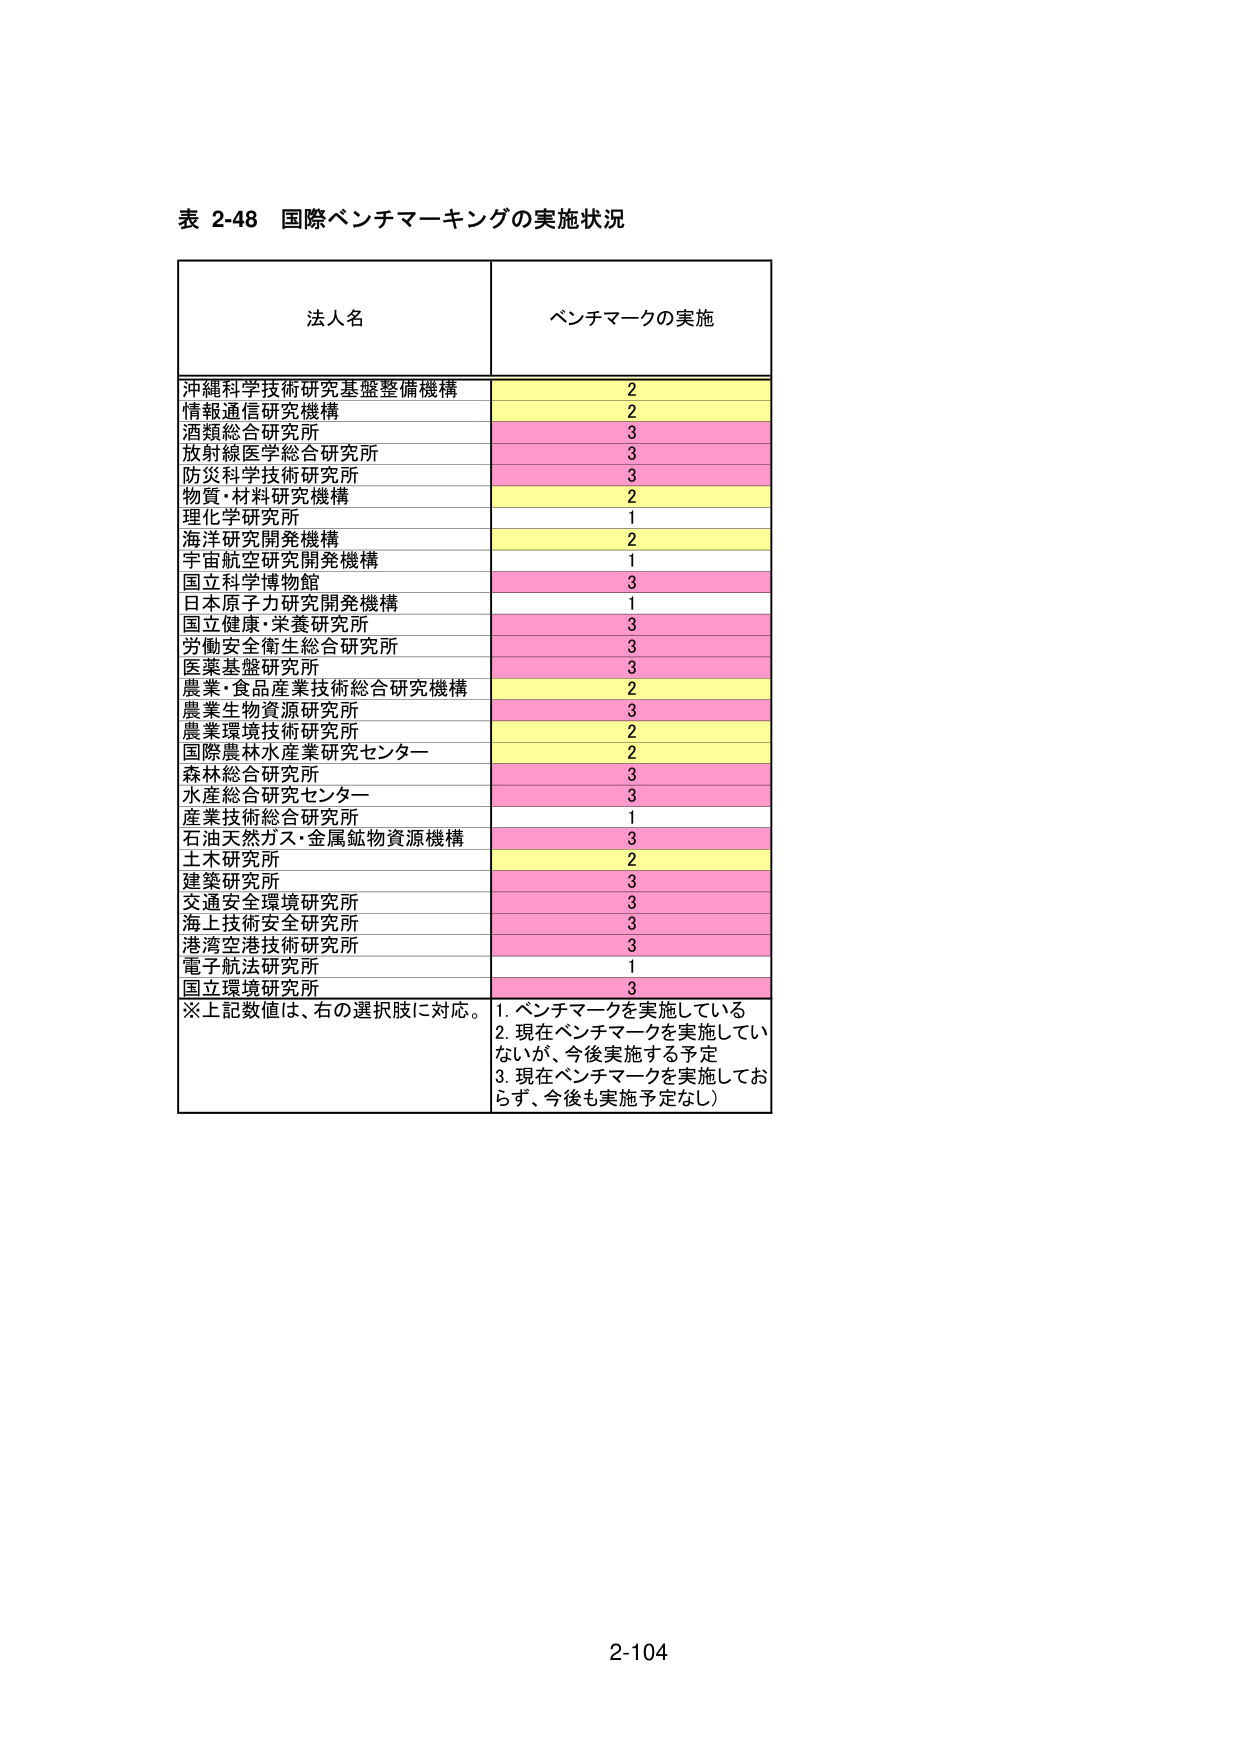
表 2-48 国際ベンチマーキングの実施状況

法人名 ベンチマークの実施

沖縄科学技術研究基盤整備機構 2
情報通信研究機構 2
酒類総合研究所 3
放射線医学総合研究所 3
防災科学技術研究所 3
物質・材料研究機構 2
理化学研究所 1
海洋研究開発機構 2
宇宙航空研究開発機構 1
国立科学博物館 3
日本原子力研究開発機構 1
国立健康・栄養研究所 3
労働安全衛生総合研究所 3
医薬基盤研究所 3
農業・食品産業技術総合研究機構 2
農業生物資源研究所 3
農業環境技術研究所 2
国際農林水産業研究センター 2
森林総合研究所 3
水産総合研究センター 3
産業技術総合研究所 1
石油天然ガス・金属鉱物資源機構 3
土木研究所 2
建築研究所 3
交通安全環境研究所 3
海上技術安全研究所 3
港湾空港技術研究所 3
電気航法研究所 1
国立環境研究所 3

※上記数値は、右の選択肢に対応。
1. ベンチマークを実施している
2. 現在ベンチマークを実施していないが、今後実施する予定
3. 現在ベンチマークを実施しておらず、今後も実施予定なし）

2-104